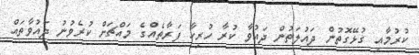
ކުރުމާއި ގުޅޭގޮތުން ދައުލަތުން ދައުވާ ކުރާ ހުރިހާ ފަރާތެއްގެ މައްޗަށް ކުރެވުނު ދައުވާތައް